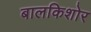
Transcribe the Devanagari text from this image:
बालकिशोर